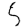
Digit: 5